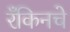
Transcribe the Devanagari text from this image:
रँकिनचे